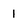
Character: I